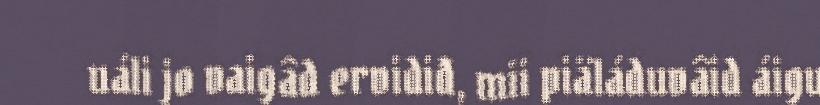
uáli jo vaigâd ervidiđ, mii piäláduvâid áigu